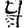
Digit: 4